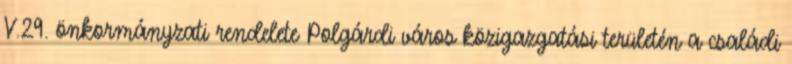
V.29. önkormányzati rendelete Polgárdi város közigazgatási területén a családi